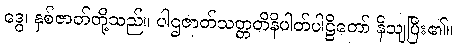
ဒွေ၊ နှစ်ဇာတ်တို့သည်။ ပါဌဇာတ်သတ္တတိနိပါတ်ပါဠိတော် နိသျပြီး၏။